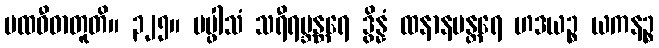
ပထဝီဓာတူတိ။ ၃၂၅။ ပပ္ဖါသံ သရီရဗ္ဘန္တရေ ဒွိန္နံ ထနာနမန္တရေ ဟဒယဉ္စ ယကနဉ္စ